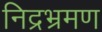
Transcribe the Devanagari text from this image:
निद्रभ्रमण